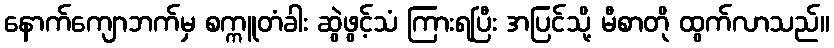
နောက်ကျောဘက်မှ စက္ကူတံခါး ဆွဲဖွင့်သံ ကြားရပြီး အပြင်သို့ မီစာတို ထွက်လာသည်။